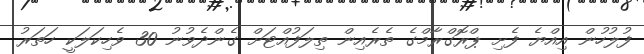
ފުލުހުން އިއްޔެ ފެށި ޕްރޮގްރާމްގެ ތެރެއިން ތިލަފުއްޓަށް ގެންދެވުނު 30 ވެހިކަލަކީ ހަތަރު